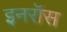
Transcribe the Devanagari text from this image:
इनरॉस